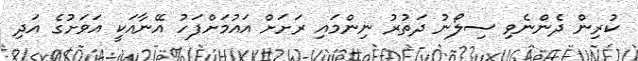
ކުރިން ދެންނެވި ސިލޯނު ދަތުރު ނިންމައި ރަށަށް އައުމަށްފަހު އޭނާއަކީ އަވަށުގެ އަދި